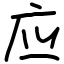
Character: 应